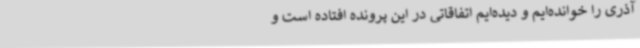
آذری را خوانده‌ایم و دیده‌ایم اتفاقاتی در این پرونده افتاده است و